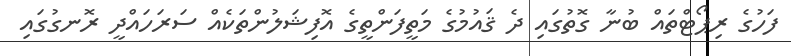
ފަހުގެ ރިޕޯޓްތައް ބުނާ ގޮތުގައި ދެ ޤައުމުގެ މަތީފަންތީގެ އޮފިޝަލުންތަކެއް ސަރަހައްދީ ރޮނގުގައި